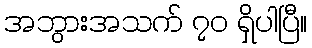
အဘွားအသက် ၇၀ ရှိပါပြီ။